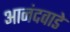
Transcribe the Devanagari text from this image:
आनंदवाडे